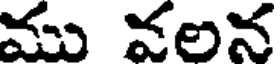
ము వలన